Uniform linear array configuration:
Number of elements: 24
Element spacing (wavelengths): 0.5
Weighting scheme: hamming
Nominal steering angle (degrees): -60
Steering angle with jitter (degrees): -61.37
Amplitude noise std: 0.05
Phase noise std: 0.05

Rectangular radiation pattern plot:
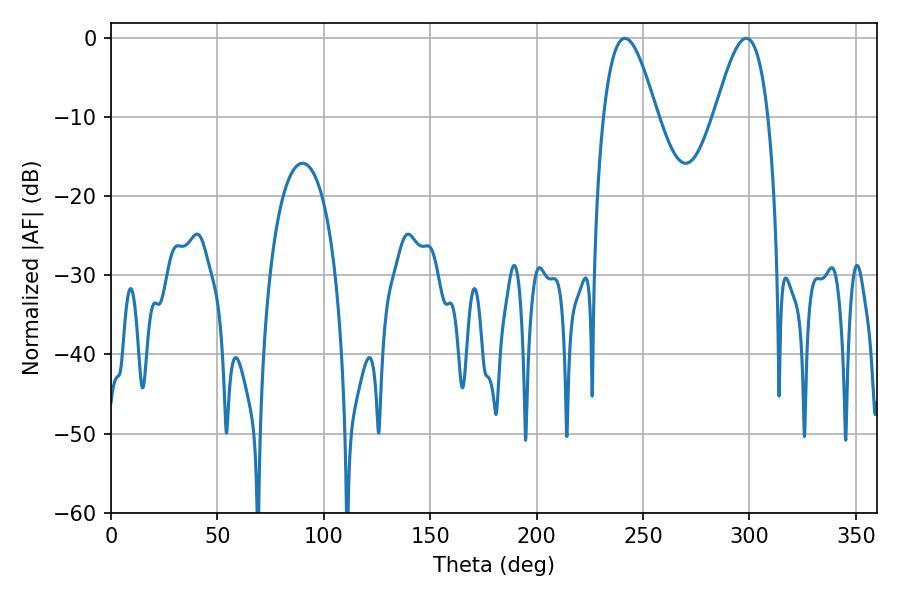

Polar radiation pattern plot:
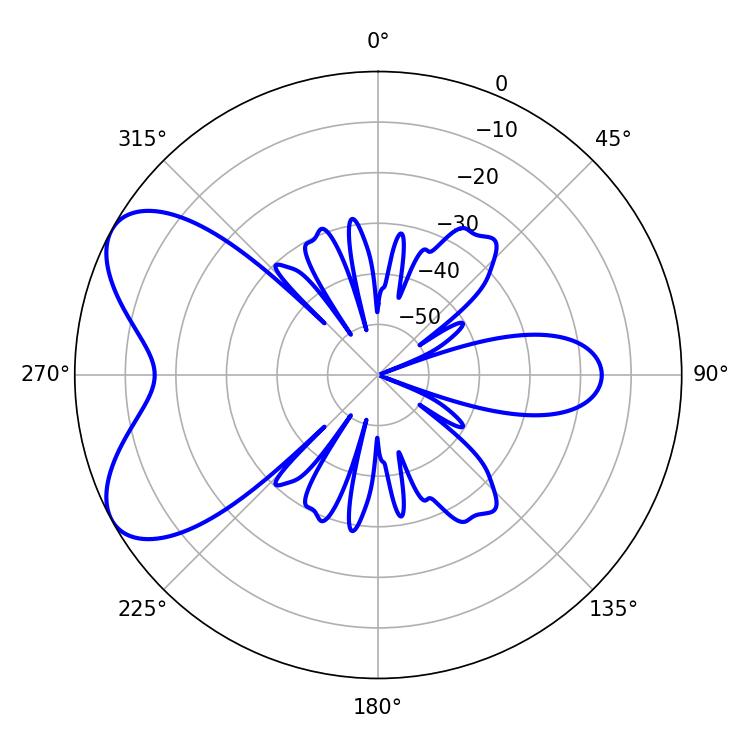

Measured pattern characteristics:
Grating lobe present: FALSE
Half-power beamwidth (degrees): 13.68
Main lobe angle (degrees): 241.56